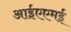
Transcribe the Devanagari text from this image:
आईएएमई